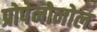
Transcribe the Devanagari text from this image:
प्रोपेनोनोल